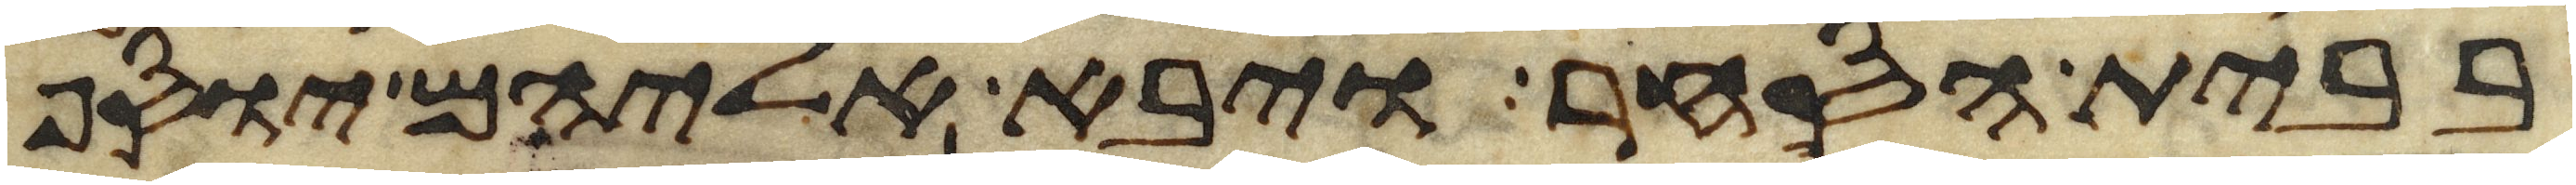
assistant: בבית הסחר ויבא אליהם יוסף